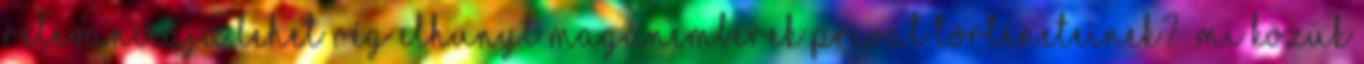
relevanciája lehet rég elhunyt magánemberek privát történeteinek? “Mi közük